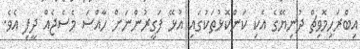
އިބްރަހިމޮވިޗް ދުނިޔޭގެ އެކި ކަންކޮޅުތަކުގައި އުޅޭ ފަގީރުންނަށް ހާއްސަ މެސެޖެއް ދީފި އެވެ.